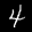
Label: 4